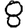
Digit: 8